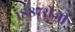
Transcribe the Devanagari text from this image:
१८८७रोजी